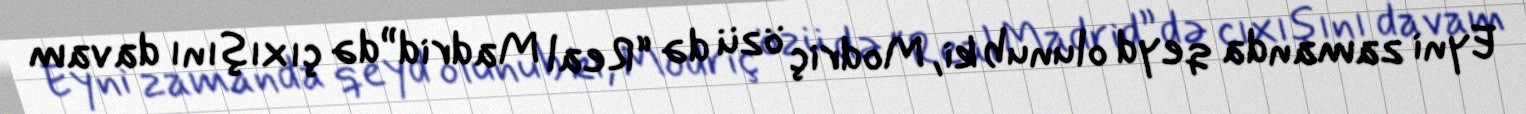
Eyni zamanda qeyd olunub ki, Modriç özü də “Real Madrid”də çıxışını davam